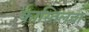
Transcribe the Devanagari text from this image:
कास्तिलचा